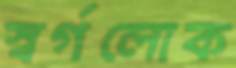
স্বর্গলোক